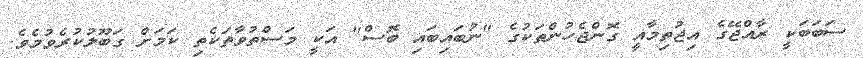
ސަބަބަކީ ރާއްޖޭގެ އިޖުތިމާއީ ގޮންޖެހުންތަކުގެ "ނުބައިބައި ބޮސް" އަކީ މަސްތުވާތަކެތި ކަމަށް ގަބޫލުކުރެވުމެވެ.